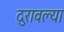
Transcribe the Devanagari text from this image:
दुरावल्या